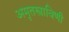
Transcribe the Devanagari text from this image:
अमृतस्त्राविणी